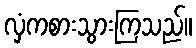
လှံကစားသွားကြသည်။